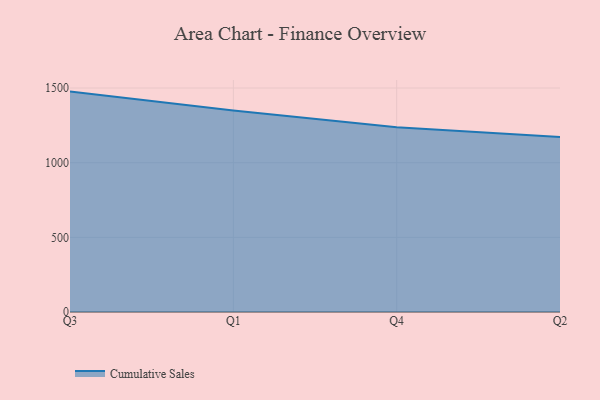
{"axis": {"x": "Quarter", "y": "Market Share (%)"}, "legend": ["Cumulative Sales"], "data": [{"x": "Q3", "y": 1475.8, "type": "Cumulative Sales"}, {"x": "Q1", "y": 1349.3, "type": "Cumulative Sales"}, {"x": "Q4", "y": 1236.4, "type": "Cumulative Sales"}, {"x": "Q2", "y": 1172.1, "type": "Cumulative Sales"}]}